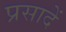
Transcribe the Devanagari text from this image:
प्रसादें